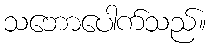
သဘောပေါက်သည်။